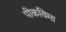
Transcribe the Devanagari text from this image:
पीकविमा